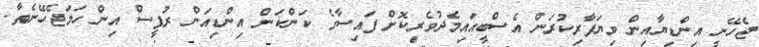
ޖެހޭނީ އިންޑިޔާއިން ވިޔަފާރިކުރަން އެސްބީއައިމެދުވެރިކޮށް ފައިސާގެ ކަންކަން އިންޑިއަން ރުޕީސް އިން ހަމަޖެހޭނެތާ.